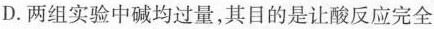
D.两组实验中碱均过量，其目的是让酸反应完全